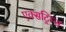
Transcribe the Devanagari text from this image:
एक्सट्रिम्स